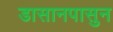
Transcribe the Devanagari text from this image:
डासानपासुन